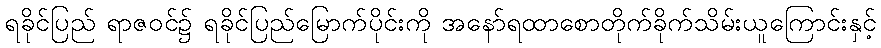
ရခိုင်ပြည် ရာဇဝင်၌ ရခိုင်ပြည်မြောက်ပိုင်းကို အနော်ရထာစောတိုက်ခိုက်သိမ်းယူကြောင်းနှင့်